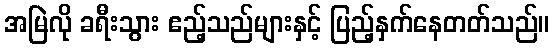
အမြဲလို ခရီးသွား ဧည့်သည်များနှင့် ပြည့်နှက်နေတတ်သည်။